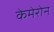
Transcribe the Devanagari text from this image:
केमेरोन